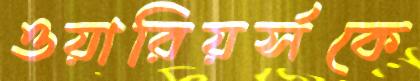
ওয়ারিয়র্সকে